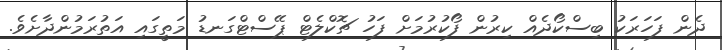
ދެން ފަހަރަކު ބިސްކޯދެއް ކިރުން ފޯކުރުމަށް ފަހު ޗޮކްލެޓް ޕޭސްޓްގަނޑު މަތީގައި އަތުރަމުންދާށެވެ.